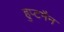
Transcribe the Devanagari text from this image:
हुप्टमैन